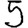
Digit: 5